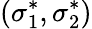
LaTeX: (\sigma_{1}^{*},\sigma_{2}^{*})